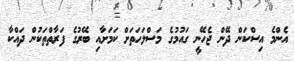
އެންމެ އިސްކަން ދޭން ޖެހޭނީ ގައުމުގެ މަސްލަހަތަށް ކަމަށާއި ބޭރުގެ ފަރާތްތަކުން ދައްކާ